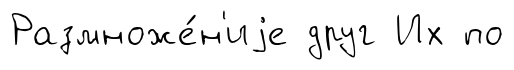
Размноже́н'иjе друг Их по